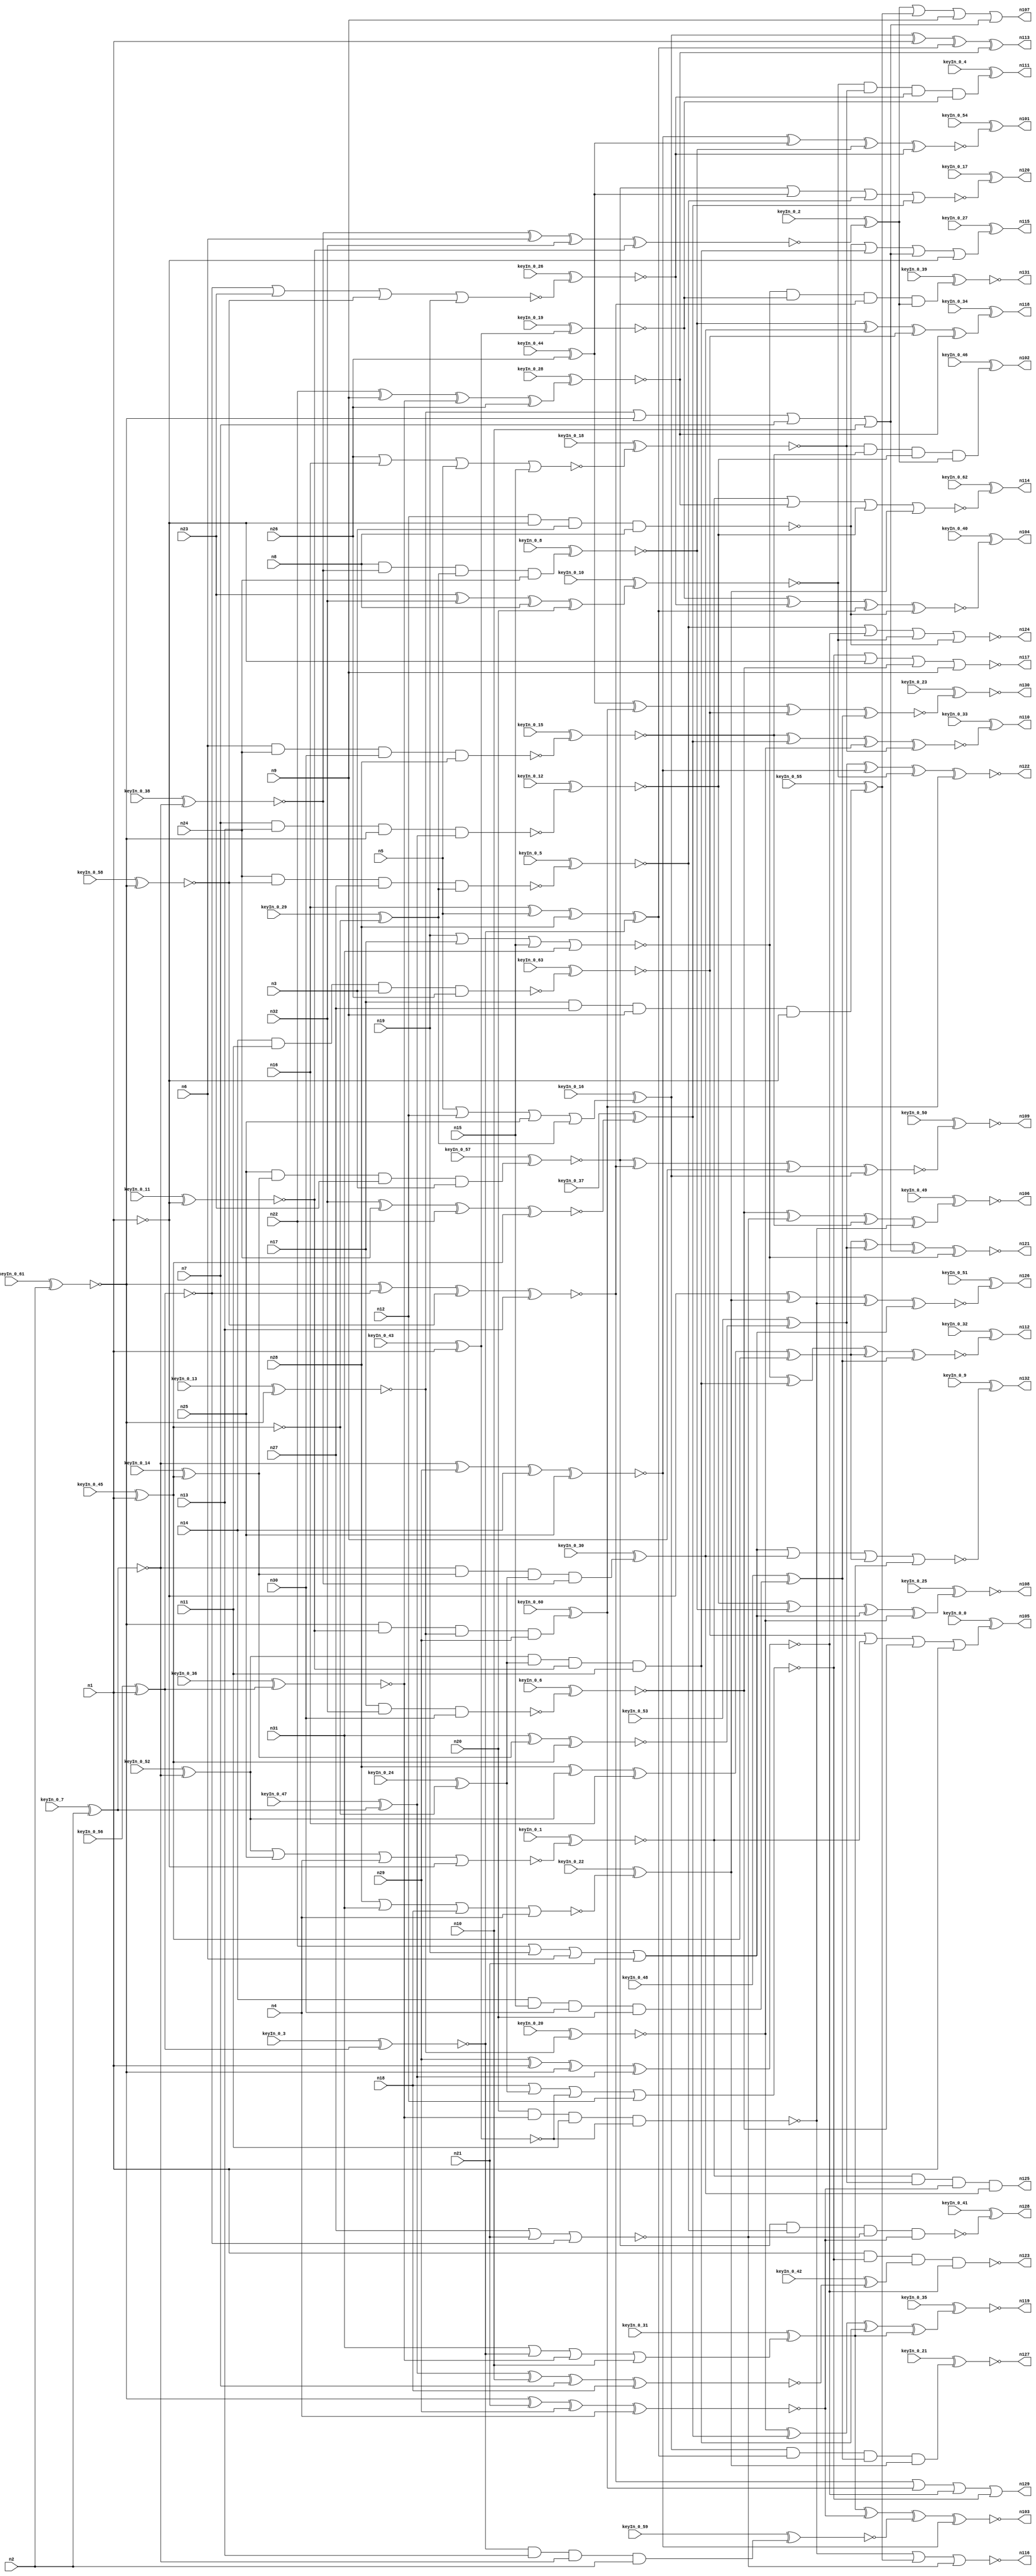


module Stat_100_410
(
  n1,
  n2,
  n3,
  n4,
  n5,
  n6,
  n7,
  n8,
  n9,
  n10,
  n11,
  n12,
  n13,
  n14,
  n15,
  n16,
  n17,
  n18,
  n19,
  n20,
  n21,
  n22,
  n23,
  n24,
  n25,
  n26,
  n27,
  n28,
  n29,
  n30,
  n31,
  n32,
  n111,
  n106,
  n124,
  n110,
  n104,
  n132,
  n129,
  n125,
  n118,
  n119,
  n121,
  n108,
  n102,
  n109,
  n115,
  n112,
  n130,
  n123,
  n128,
  n101,
  n120,
  n131,
  n107,
  n103,
  n113,
  n117,
  n122,
  n126,
  n116,
  n105,
  n114,
  n127,
  keyIn_0_0,
  keyIn_0_1,
  keyIn_0_2,
  keyIn_0_3,
  keyIn_0_4,
  keyIn_0_5,
  keyIn_0_6,
  keyIn_0_7,
  keyIn_0_8,
  keyIn_0_9,
  keyIn_0_10,
  keyIn_0_11,
  keyIn_0_12,
  keyIn_0_13,
  keyIn_0_14,
  keyIn_0_15,
  keyIn_0_16,
  keyIn_0_17,
  keyIn_0_18,
  keyIn_0_19,
  keyIn_0_20,
  keyIn_0_21,
  keyIn_0_22,
  keyIn_0_23,
  keyIn_0_24,
  keyIn_0_25,
  keyIn_0_26,
  keyIn_0_27,
  keyIn_0_28,
  keyIn_0_29,
  keyIn_0_30,
  keyIn_0_31,
  keyIn_0_32,
  keyIn_0_33,
  keyIn_0_34,
  keyIn_0_35,
  keyIn_0_36,
  keyIn_0_37,
  keyIn_0_38,
  keyIn_0_39,
  keyIn_0_40,
  keyIn_0_41,
  keyIn_0_42,
  keyIn_0_43,
  keyIn_0_44,
  keyIn_0_45,
  keyIn_0_46,
  keyIn_0_47,
  keyIn_0_48,
  keyIn_0_49,
  keyIn_0_50,
  keyIn_0_51,
  keyIn_0_52,
  keyIn_0_53,
  keyIn_0_54,
  keyIn_0_55,
  keyIn_0_56,
  keyIn_0_57,
  keyIn_0_58,
  keyIn_0_59,
  keyIn_0_60,
  keyIn_0_61,
  keyIn_0_62,
  keyIn_0_63
);

  input n1;
  input n2;
  input n3;
  input n4;
  input n5;
  input n6;
  input n7;
  input n8;
  input n9;
  input n10;
  input n11;
  input n12;
  input n13;
  input n14;
  input n15;
  input n16;
  input n17;
  input n18;
  input n19;
  input n20;
  input n21;
  input n22;
  input n23;
  input n24;
  input n25;
  input n26;
  input n27;
  input n28;
  input n29;
  input n30;
  input n31;
  input n32;
  input keyIn_0_0;
  input keyIn_0_1;
  input keyIn_0_2;
  input keyIn_0_3;
  input keyIn_0_4;
  input keyIn_0_5;
  input keyIn_0_6;
  input keyIn_0_7;
  input keyIn_0_8;
  input keyIn_0_9;
  input keyIn_0_10;
  input keyIn_0_11;
  input keyIn_0_12;
  input keyIn_0_13;
  input keyIn_0_14;
  input keyIn_0_15;
  input keyIn_0_16;
  input keyIn_0_17;
  input keyIn_0_18;
  input keyIn_0_19;
  input keyIn_0_20;
  input keyIn_0_21;
  input keyIn_0_22;
  input keyIn_0_23;
  input keyIn_0_24;
  input keyIn_0_25;
  input keyIn_0_26;
  input keyIn_0_27;
  input keyIn_0_28;
  input keyIn_0_29;
  input keyIn_0_30;
  input keyIn_0_31;
  input keyIn_0_32;
  input keyIn_0_33;
  input keyIn_0_34;
  input keyIn_0_35;
  input keyIn_0_36;
  input keyIn_0_37;
  input keyIn_0_38;
  input keyIn_0_39;
  input keyIn_0_40;
  input keyIn_0_41;
  input keyIn_0_42;
  input keyIn_0_43;
  input keyIn_0_44;
  input keyIn_0_45;
  input keyIn_0_46;
  input keyIn_0_47;
  input keyIn_0_48;
  input keyIn_0_49;
  input keyIn_0_50;
  input keyIn_0_51;
  input keyIn_0_52;
  input keyIn_0_53;
  input keyIn_0_54;
  input keyIn_0_55;
  input keyIn_0_56;
  input keyIn_0_57;
  input keyIn_0_58;
  input keyIn_0_59;
  input keyIn_0_60;
  input keyIn_0_61;
  input keyIn_0_62;
  input keyIn_0_63;
  output n111;
  output n106;
  output n124;
  output n110;
  output n104;
  output n132;
  output n129;
  output n125;
  output n118;
  output n119;
  output n121;
  output n108;
  output n102;
  output n109;
  output n115;
  output n112;
  output n130;
  output n123;
  output n128;
  output n101;
  output n120;
  output n131;
  output n107;
  output n103;
  output n113;
  output n117;
  output n122;
  output n126;
  output n116;
  output n105;
  output n114;
  output n127;
  wire n33;
  wire n34;
  wire n35;
  wire n36;
  wire n37;
  wire n38;
  wire n39;
  wire n40;
  wire n41;
  wire n42;
  wire n43;
  wire n44;
  wire n45;
  wire n46;
  wire n47;
  wire n48;
  wire n49;
  wire n50;
  wire n51;
  wire n52;
  wire n53;
  wire n54;
  wire n55;
  wire n56;
  wire n57;
  wire n58;
  wire n59;
  wire n60;
  wire n61;
  wire n62;
  wire n63;
  wire n64;
  wire n65;
  wire n66;
  wire n67;
  wire n68;
  wire n69;
  wire n70;
  wire n71;
  wire n72;
  wire n73;
  wire n74;
  wire n75;
  wire n76;
  wire n77;
  wire n78;
  wire n79;
  wire n80;
  wire n81;
  wire n82;
  wire n83;
  wire n84;
  wire n85;
  wire n86;
  wire n87;
  wire n88;
  wire n89;
  wire n90;
  wire n91;
  wire n92;
  wire n93;
  wire n94;
  wire n95;
  wire n96;
  wire n97;
  wire n98;
  wire n99;
  wire n100;
  wire KeyWire_0_0;
  wire KeyWire_0_1;
  wire KeyWire_0_2;
  wire KeyNOTWire_0_2;
  wire KeyWire_0_3;
  wire KeyWire_0_4;
  wire KeyNOTWire_0_4;
  wire KeyWire_0_5;
  wire KeyWire_0_6;
  wire KeyNOTWire_0_6;
  wire KeyWire_0_7;
  wire KeyNOTWire_0_7;
  wire KeyWire_0_8;
  wire KeyNOTWire_0_8;
  wire KeyWire_0_9;
  wire KeyNOTWire_0_9;
  wire KeyWire_0_10;
  wire KeyNOTWire_0_10;
  wire KeyWire_0_11;
  wire KeyNOTWire_0_11;
  wire KeyWire_0_12;
  wire KeyNOTWire_0_12;
  wire KeyWire_0_13;
  wire KeyWire_0_14;
  wire KeyNOTWire_0_14;
  wire KeyWire_0_15;
  wire KeyNOTWire_0_15;
  wire KeyWire_0_16;
  wire KeyWire_0_17;
  wire KeyNOTWire_0_17;
  wire KeyWire_0_18;
  wire KeyWire_0_19;
  wire KeyWire_0_20;
  wire KeyWire_0_21;
  wire KeyNOTWire_0_21;
  wire KeyWire_0_22;
  wire KeyNOTWire_0_22;
  wire KeyWire_0_23;
  wire KeyWire_0_24;
  wire KeyWire_0_25;
  wire KeyNOTWire_0_25;
  wire KeyWire_0_26;
  wire KeyNOTWire_0_26;
  wire KeyWire_0_27;
  wire KeyNOTWire_0_27;
  wire KeyWire_0_28;
  wire KeyNOTWire_0_28;
  wire KeyWire_0_29;
  wire KeyWire_0_30;
  wire KeyWire_0_31;
  wire KeyWire_0_32;
  wire KeyNOTWire_0_32;
  wire KeyWire_0_33;
  wire KeyNOTWire_0_33;
  wire KeyWire_0_34;
  wire KeyNOTWire_0_34;
  wire KeyWire_0_35;
  wire KeyWire_0_36;
  wire KeyWire_0_37;
  wire KeyNOTWire_0_37;
  wire KeyWire_0_38;
  wire KeyWire_0_39;
  wire KeyNOTWire_0_39;
  wire KeyWire_0_40;
  wire KeyWire_0_41;
  wire KeyNOTWire_0_41;
  wire KeyWire_0_42;
  wire KeyWire_0_43;
  wire KeyWire_0_44;
  wire KeyWire_0_45;
  wire KeyNOTWire_0_45;
  wire KeyWire_0_46;
  wire KeyWire_0_47;
  wire KeyNOTWire_0_47;
  wire KeyWire_0_48;
  wire KeyWire_0_49;
  wire KeyNOTWire_0_49;
  wire KeyWire_0_50;
  wire KeyWire_0_51;
  wire KeyWire_0_52;
  wire KeyWire_0_53;
  wire KeyWire_0_54;
  wire KeyNOTWire_0_54;
  wire KeyWire_0_55;
  wire KeyWire_0_56;
  wire KeyWire_0_57;
  wire KeyWire_0_58;
  wire KeyNOTWire_0_58;
  wire KeyWire_0_59;
  wire KeyWire_0_60;
  wire KeyWire_0_61;
  wire KeyWire_0_62;
  wire KeyWire_0_63;
  wire KeyNOTWire_0_63;

  buf
  g0
  (
    KeyWire_0_45,
    n1
  );


  buf
  g1
  (
    KeyWire_0_61,
    n2
  );


  buf
  g2
  (
    KeyWire_0_7,
    n2
  );


  buf
  g3
  (
    KeyWire_0_56,
    n1
  );


  buf
  g4
  (
    n36,
    n1
  );


  buf
  g5
  (
    KeyWire_0_13,
    n34
  );


  not
  g6
  (
    KeyWire_0_29,
    n37
  );


  buf
  g7
  (
    KeyWire_0_58,
    n34
  );


  buf
  g8
  (
    n50,
    n34
  );


  buf
  g9
  (
    n53,
    n35
  );


  not
  g10
  (
    n46,
    n33
  );


  not
  g11
  (
    KeyWire_0_11,
    n36
  );


  buf
  g12
  (
    KeyWire_0_38,
    n35
  );


  not
  g13
  (
    KeyWire_0_47,
    n35
  );


  buf
  g14
  (
    KeyWire_0_36,
    n33
  );


  buf
  g15
  (
    n48,
    n37
  );


  buf
  g16
  (
    n54,
    n36
  );


  buf
  g17
  (
    KeyWire_0_43,
    n36
  );


  not
  g18
  (
    n41,
    n36
  );


  buf
  g19
  (
    n39,
    n34
  );


  not
  g20
  (
    KeyWire_0_24,
    n37
  );


  buf
  g21
  (
    KeyWire_0_52,
    n35
  );


  buf
  g22
  (
    KeyWire_0_3,
    n33
  );


  buf
  g23
  (
    KeyWire_0_14,
    n37
  );


  buf
  g24
  (
    n96,
    n54
  );


  buf
  g25
  (
    KeyWire_0_20,
    n40
  );


  not
  g26
  (
    n93,
    n54
  );


  not
  g27
  (
    KeyWire_0_19,
    n45
  );


  buf
  g28
  (
    n85,
    n9
  );


  buf
  g29
  (
    KeyWire_0_44,
    n26
  );


  xnor
  g30
  (
    KeyWire_0_53,
    n31,
    n47,
    n48
  );


  nor
  g31
  (
    KeyWire_0_22,
    n28,
    n31,
    n18,
    n4
  );


  xor
  g32
  (
    n88,
    n28,
    n38,
    n16,
    n48
  );


  xnor
  g33
  (
    n98,
    n53,
    n29,
    n14,
    n25
  );


  xor
  g34
  (
    n92,
    n16,
    n5,
    n28,
    n43
  );


  or
  g35
  (
    n82,
    n22,
    n19,
    n6,
    n21
  );


  xnor
  g36
  (
    KeyWire_0_42,
    n52,
    n10,
    n7,
    n18
  );


  xor
  g37
  (
    KeyWire_0_28,
    n22,
    n9,
    n42,
    n26
  );


  xnor
  g38
  (
    KeyWire_0_2,
    n44,
    n6,
    n32,
    n55
  );


  nor
  g39
  (
    KeyWire_0_1,
    n38,
    n25,
    n4,
    n41
  );


  xnor
  g40
  (
    n70,
    n39,
    n46,
    n49,
    n13
  );


  nor
  g41
  (
    n95,
    n27,
    n27,
    n21,
    n46
  );


  and
  g42
  (
    KeyWire_0_57,
    n25,
    n47,
    n23,
    n3
  );


  nor
  g43
  (
    KeyWire_0_26,
    n46,
    n23,
    n49,
    n19
  );


  and
  g44
  (
    KeyWire_0_59,
    n43,
    n13,
    n53,
    n2
  );


  or
  g45
  (
    KeyWire_0_16,
    n5,
    n12,
    n25,
    n56
  );


  and
  g46
  (
    KeyWire_0_60,
    n50,
    n55,
    n40,
    n29
  );


  nand
  g47
  (
    KeyWire_0_12,
    n7,
    n13,
    n39,
    n52
  );


  nand
  g48
  (
    KeyWire_0_6,
    n17,
    n32,
    n30
  );


  nor
  g49
  (
    n81,
    n18,
    n51,
    n45,
    n12
  );


  nand
  g50
  (
    KeyWire_0_15,
    n6,
    n24,
    n30,
    n28
  );


  nand
  g51
  (
    KeyWire_0_5,
    n24,
    n49,
    n27,
    n56
  );


  nand
  g52
  (
    KeyWire_0_63,
    n14,
    n11,
    n3,
    n26
  );


  and
  g53
  (
    KeyWire_0_55,
    n17,
    n27,
    n9,
    n41
  );


  nand
  g54
  (
    n59,
    n12,
    n41,
    n3,
    n8
  );


  and
  g55
  (
    KeyWire_0_30,
    n53,
    n47,
    n51,
    n44
  );


  and
  g56
  (
    KeyWire_0_8,
    n8,
    n44,
    n56,
    n24
  );


  nor
  g57
  (
    n77,
    n19,
    n17,
    n15,
    n31
  );


  and
  g58
  (
    KeyWire_0_48,
    n14,
    n15,
    n30,
    n20
  );


  xor
  g59
  (
    KeyWire_0_10,
    n23,
    n32,
    n8,
    n20
  );


  or
  g60
  (
    KeyWire_0_31,
    n31,
    n43,
    n42,
    n10
  );


  and
  g61
  (
    n74,
    n38,
    n51,
    n55,
    n11
  );


  xnor
  g62
  (
    n62,
    n29,
    n54,
    n50,
    n52
  );


  nor
  g63
  (
    KeyWire_0_18,
    n26,
    n16,
    n5,
    n15
  );


  or
  g64
  (
    n65,
    n40,
    n39,
    n7,
    n10
  );


  xnor
  g65
  (
    KeyWire_0_37,
    n32,
    n24,
    n22,
    n48
  );


  xnor
  g66
  (
    n66,
    n50,
    n21,
    n29,
    n4
  );


  nand
  g67
  (
    n97,
    n20,
    n42,
    n11,
    n45
  );


  xnor
  g68
  (
    KeyWire_0_40,
    n72,
    n78,
    n92,
    n59
  );


  nor
  g69
  (
    n117,
    n81,
    n93,
    n80,
    n85
  );


  or
  g70
  (
    KeyWire_0_27,
    n59,
    n74,
    n65,
    n93
  );


  xor
  g71
  (
    KeyWire_0_49,
    n80,
    n95,
    n67,
    n97
  );


  xor
  g72
  (
    KeyWire_0_34,
    n100,
    n84,
    n76,
    n71
  );


  nor
  g73
  (
    n124,
    n86,
    n62,
    n90,
    n59
  );


  and
  g74
  (
    KeyWire_0_39,
    n77,
    n72,
    n70,
    n63
  );


  nor
  g75
  (
    n116,
    n97,
    n83,
    n95
  );


  or
  g76
  (
    KeyWire_0_0,
    n76,
    n64,
    n80,
    n96
  );


  xnor
  g77
  (
    n103,
    n91,
    n66,
    n58,
    n98
  );


  or
  g78
  (
    n129,
    n70,
    n69,
    n62,
    n81
  );


  xnor
  g79
  (
    KeyWire_0_54,
    n98,
    n60,
    n100,
    n78
  );


  xnor
  g80
  (
    KeyWire_0_50,
    n99,
    n70,
    n85,
    n87
  );


  xnor
  g81
  (
    n121,
    n88,
    n61,
    n65,
    n77
  );


  and
  g82
  (
    KeyWire_0_46,
    n73,
    n67,
    n89,
    n63
  );


  and
  g83
  (
    KeyWire_0_4,
    n90,
    n73,
    n78,
    n72
  );


  and
  g84
  (
    KeyWire_0_21,
    n87,
    n92,
    n68,
    n79
  );


  xor
  g85
  (
    KeyWire_0_35,
    n94,
    n75,
    n74,
    n91
  );


  xor
  g86
  (
    n113,
    n87,
    n96,
    n92,
    n71
  );


  xnor
  g87
  (
    KeyWire_0_33,
    n67,
    n75,
    n94,
    n73
  );


  nor
  g88
  (
    KeyWire_0_62,
    n64,
    n71,
    n89,
    n79
  );


  or
  g89
  (
    n107,
    n63,
    n83,
    n85,
    n65
  );


  xnor
  g90
  (
    KeyWire_0_32,
    n77,
    n74,
    n88,
    n68
  );


  nor
  g91
  (
    KeyWire_0_17,
    n99,
    n60,
    n86,
    n75
  );


  nand
  g92
  (
    KeyWire_0_41,
    n99,
    n86,
    n95,
    n66
  );


  nand
  g93
  (
    n123,
    n96,
    n81,
    n57,
    n62
  );


  nor
  g94
  (
    KeyWire_0_9,
    n82,
    n84,
    n88,
    n91
  );


  xnor
  g95
  (
    n122,
    n61,
    n98,
    n90,
    n69
  );


  and
  g96
  (
    n125,
    n64,
    n61,
    n66,
    n84
  );


  xnor
  g97
  (
    KeyWire_0_23,
    n60,
    n69,
    n76,
    n68
  );


  xnor
  g98
  (
    KeyWire_0_51,
    n93,
    n79,
    n97,
    n82
  );


  xor
  g99
  (
    KeyWire_0_25,
    n89,
    n100,
    n82,
    n94
  );


  xor
  KeyGate_0_0
  (
    n105,
    keyIn_0_0,
    KeyWire_0_0
  );


  xnor
  KeyGate_0_1
  (
    n64,
    keyIn_0_1,
    KeyWire_0_1
  );


  xnor
  KeyGate_0_2
  (
    KeyNOTWire_0_2,
    keyIn_0_2,
    KeyWire_0_2
  );


  not
  KeyNOTGate_0_2
  (
    n63,
    KeyNOTWire_0_2
  );


  xnor
  KeyGate_0_3
  (
    n43,
    keyIn_0_3,
    KeyWire_0_3
  );


  xnor
  KeyGate_0_4
  (
    KeyNOTWire_0_4,
    keyIn_0_4,
    KeyWire_0_4
  );


  not
  KeyNOTGate_0_4
  (
    n111,
    KeyNOTWire_0_4
  );


  xnor
  KeyGate_0_5
  (
    n86,
    keyIn_0_5,
    KeyWire_0_5
  );


  xor
  KeyGate_0_6
  (
    KeyNOTWire_0_6,
    keyIn_0_6,
    KeyWire_0_6
  );


  not
  KeyNOTGate_0_6
  (
    n80,
    KeyNOTWire_0_6
  );


  xor
  KeyGate_0_7
  (
    KeyNOTWire_0_7,
    keyIn_0_7,
    KeyWire_0_7
  );


  not
  KeyNOTGate_0_7
  (
    n35,
    KeyNOTWire_0_7
  );


  xor
  KeyGate_0_8
  (
    KeyNOTWire_0_8,
    keyIn_0_8,
    KeyWire_0_8
  );


  not
  KeyNOTGate_0_8
  (
    n100,
    KeyNOTWire_0_8
  );


  xnor
  KeyGate_0_9
  (
    KeyNOTWire_0_9,
    keyIn_0_9,
    KeyWire_0_9
  );


  not
  KeyNOTGate_0_9
  (
    n132,
    KeyNOTWire_0_9
  );


  xor
  KeyGate_0_10
  (
    KeyNOTWire_0_10,
    keyIn_0_10,
    KeyWire_0_10
  );


  not
  KeyNOTGate_0_10
  (
    n90,
    KeyNOTWire_0_10
  );


  xor
  KeyGate_0_11
  (
    KeyNOTWire_0_11,
    keyIn_0_11,
    KeyWire_0_11
  );


  not
  KeyNOTGate_0_11
  (
    n55,
    KeyNOTWire_0_11
  );


  xor
  KeyGate_0_12
  (
    KeyNOTWire_0_12,
    keyIn_0_12,
    KeyWire_0_12
  );


  not
  KeyNOTGate_0_12
  (
    n89,
    KeyNOTWire_0_12
  );


  xnor
  KeyGate_0_13
  (
    n40,
    keyIn_0_13,
    KeyWire_0_13
  );


  xnor
  KeyGate_0_14
  (
    KeyNOTWire_0_14,
    keyIn_0_14,
    KeyWire_0_14
  );


  not
  KeyNOTGate_0_14
  (
    n47,
    KeyNOTWire_0_14
  );


  xor
  KeyGate_0_15
  (
    KeyNOTWire_0_15,
    keyIn_0_15,
    KeyWire_0_15
  );


  not
  KeyNOTGate_0_15
  (
    n67,
    KeyNOTWire_0_15
  );


  xor
  KeyGate_0_16
  (
    n87,
    keyIn_0_16,
    KeyWire_0_16
  );


  xnor
  KeyGate_0_17
  (
    KeyNOTWire_0_17,
    keyIn_0_17,
    KeyWire_0_17
  );


  not
  KeyNOTGate_0_17
  (
    n120,
    KeyNOTWire_0_17
  );


  xnor
  KeyGate_0_18
  (
    n73,
    keyIn_0_18,
    KeyWire_0_18
  );


  xnor
  KeyGate_0_19
  (
    n72,
    keyIn_0_19,
    KeyWire_0_19
  );


  xnor
  KeyGate_0_20
  (
    n94,
    keyIn_0_20,
    KeyWire_0_20
  );


  xor
  KeyGate_0_21
  (
    KeyNOTWire_0_21,
    keyIn_0_21,
    KeyWire_0_21
  );


  not
  KeyNOTGate_0_21
  (
    n127,
    KeyNOTWire_0_21
  );


  xnor
  KeyGate_0_22
  (
    KeyNOTWire_0_22,
    keyIn_0_22,
    KeyWire_0_22
  );


  not
  KeyNOTGate_0_22
  (
    n79,
    KeyNOTWire_0_22
  );


  xnor
  KeyGate_0_23
  (
    n130,
    keyIn_0_23,
    KeyWire_0_23
  );


  xor
  KeyGate_0_24
  (
    n51,
    keyIn_0_24,
    KeyWire_0_24
  );


  xor
  KeyGate_0_25
  (
    KeyNOTWire_0_25,
    keyIn_0_25,
    KeyWire_0_25
  );


  not
  KeyNOTGate_0_25
  (
    n108,
    KeyNOTWire_0_25
  );


  xor
  KeyGate_0_26
  (
    KeyNOTWire_0_26,
    keyIn_0_26,
    KeyWire_0_26
  );


  not
  KeyNOTGate_0_26
  (
    n78,
    KeyNOTWire_0_26
  );


  xnor
  KeyGate_0_27
  (
    KeyNOTWire_0_27,
    keyIn_0_27,
    KeyWire_0_27
  );


  not
  KeyNOTGate_0_27
  (
    n115,
    KeyNOTWire_0_27
  );


  xor
  KeyGate_0_28
  (
    KeyNOTWire_0_28,
    keyIn_0_28,
    KeyWire_0_28
  );


  not
  KeyNOTGate_0_28
  (
    n71,
    KeyNOTWire_0_28
  );


  xor
  KeyGate_0_29
  (
    n56,
    keyIn_0_29,
    KeyWire_0_29
  );


  xor
  KeyGate_0_30
  (
    n84,
    keyIn_0_30,
    KeyWire_0_30
  );


  xor
  KeyGate_0_31
  (
    n91,
    keyIn_0_31,
    KeyWire_0_31
  );


  xnor
  KeyGate_0_32
  (
    KeyNOTWire_0_32,
    keyIn_0_32,
    KeyWire_0_32
  );


  not
  KeyNOTGate_0_32
  (
    n112,
    KeyNOTWire_0_32
  );


  xnor
  KeyGate_0_33
  (
    KeyNOTWire_0_33,
    keyIn_0_33,
    KeyWire_0_33
  );


  not
  KeyNOTGate_0_33
  (
    n110,
    KeyNOTWire_0_33
  );


  xnor
  KeyGate_0_34
  (
    KeyNOTWire_0_34,
    keyIn_0_34,
    KeyWire_0_34
  );


  not
  KeyNOTGate_0_34
  (
    n118,
    KeyNOTWire_0_34
  );


  xnor
  KeyGate_0_35
  (
    n119,
    keyIn_0_35,
    KeyWire_0_35
  );


  xnor
  KeyGate_0_36
  (
    n42,
    keyIn_0_36,
    KeyWire_0_36
  );


  xnor
  KeyGate_0_37
  (
    KeyNOTWire_0_37,
    keyIn_0_37,
    KeyWire_0_37
  );


  not
  KeyNOTGate_0_37
  (
    n75,
    KeyNOTWire_0_37
  );


  xnor
  KeyGate_0_38
  (
    n44,
    keyIn_0_38,
    KeyWire_0_38
  );


  xor
  KeyGate_0_39
  (
    KeyNOTWire_0_39,
    keyIn_0_39,
    KeyWire_0_39
  );


  not
  KeyNOTGate_0_39
  (
    n131,
    KeyNOTWire_0_39
  );


  xor
  KeyGate_0_40
  (
    n104,
    keyIn_0_40,
    KeyWire_0_40
  );


  xnor
  KeyGate_0_41
  (
    KeyNOTWire_0_41,
    keyIn_0_41,
    KeyWire_0_41
  );


  not
  KeyNOTGate_0_41
  (
    n128,
    KeyNOTWire_0_41
  );


  xor
  KeyGate_0_42
  (
    n57,
    keyIn_0_42,
    KeyWire_0_42
  );


  xnor
  KeyGate_0_43
  (
    n45,
    keyIn_0_43,
    KeyWire_0_43
  );


  xor
  KeyGate_0_44
  (
    n60,
    keyIn_0_44,
    KeyWire_0_44
  );


  xnor
  KeyGate_0_45
  (
    KeyNOTWire_0_45,
    keyIn_0_45,
    KeyWire_0_45
  );


  not
  KeyNOTGate_0_45
  (
    n37,
    KeyNOTWire_0_45
  );


  xor
  KeyGate_0_46
  (
    n102,
    keyIn_0_46,
    KeyWire_0_46
  );


  xnor
  KeyGate_0_47
  (
    KeyNOTWire_0_47,
    keyIn_0_47,
    KeyWire_0_47
  );


  not
  KeyNOTGate_0_47
  (
    n52,
    KeyNOTWire_0_47
  );


  xor
  KeyGate_0_48
  (
    n68,
    keyIn_0_48,
    KeyWire_0_48
  );


  xor
  KeyGate_0_49
  (
    KeyNOTWire_0_49,
    keyIn_0_49,
    KeyWire_0_49
  );


  not
  KeyNOTGate_0_49
  (
    n106,
    KeyNOTWire_0_49
  );


  xnor
  KeyGate_0_50
  (
    n109,
    keyIn_0_50,
    KeyWire_0_50
  );


  xor
  KeyGate_0_51
  (
    n126,
    keyIn_0_51,
    KeyWire_0_51
  );


  xor
  KeyGate_0_52
  (
    n38,
    keyIn_0_52,
    KeyWire_0_52
  );


  xor
  KeyGate_0_53
  (
    n61,
    keyIn_0_53,
    KeyWire_0_53
  );


  xnor
  KeyGate_0_54
  (
    KeyNOTWire_0_54,
    keyIn_0_54,
    KeyWire_0_54
  );


  not
  KeyNOTGate_0_54
  (
    n101,
    KeyNOTWire_0_54
  );


  xor
  KeyGate_0_55
  (
    n83,
    keyIn_0_55,
    KeyWire_0_55
  );


  xor
  KeyGate_0_56
  (
    n33,
    keyIn_0_56,
    KeyWire_0_56
  );


  xnor
  KeyGate_0_57
  (
    n99,
    keyIn_0_57,
    KeyWire_0_57
  );


  xor
  KeyGate_0_58
  (
    KeyNOTWire_0_58,
    keyIn_0_58,
    KeyWire_0_58
  );


  not
  KeyNOTGate_0_58
  (
    n49,
    KeyNOTWire_0_58
  );


  xnor
  KeyGate_0_59
  (
    n58,
    keyIn_0_59,
    KeyWire_0_59
  );


  xor
  KeyGate_0_60
  (
    n69,
    keyIn_0_60,
    KeyWire_0_60
  );


  xnor
  KeyGate_0_61
  (
    n34,
    keyIn_0_61,
    KeyWire_0_61
  );


  xor
  KeyGate_0_62
  (
    n114,
    keyIn_0_62,
    KeyWire_0_62
  );


  xor
  KeyGate_0_63
  (
    KeyNOTWire_0_63,
    keyIn_0_63,
    KeyWire_0_63
  );


  not
  KeyNOTGate_0_63
  (
    n76,
    KeyNOTWire_0_63
  );


endmodule